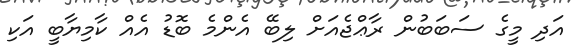
އަދި މީގެ ސަބަބުން ރާޢްޖެއަށް ލިބޭ އެންމެ ބޮޑު އެއް ކާމިޔާބީ އަކި